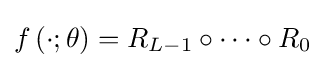
f\left(\cdot ;\theta \right)=R_{L-1}\circ \cdots \circ R_{0}